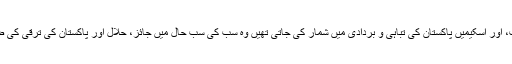
ماضی میں جو جو کام، اقدامات، اور اسکیمیں پاکستان کی تباہی و بردادی میں شمار کی جاتی تھیں وہ سب کی سب حال میں جائز، حلال اور پاکستان کی ترقی کی ضامن بنا کر اپنائی جا رہی ہیں۔